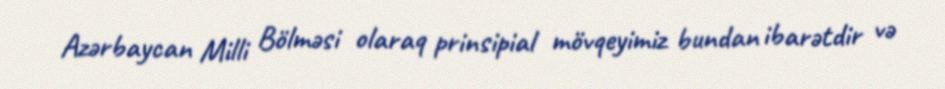
Azərbaycan Milli Bölməsi olaraq prinsipial mövqeyimiz bundan ibarətdir və